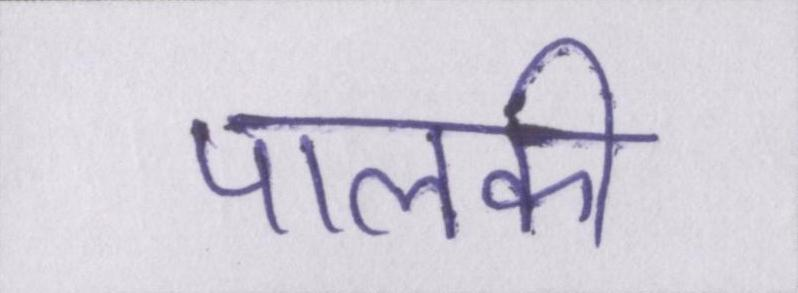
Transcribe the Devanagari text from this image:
पालकी